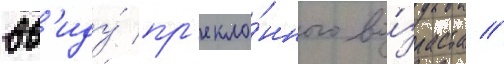
вв'иду́ пр'екло́нного во́зраста //